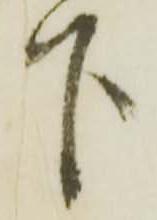
下